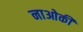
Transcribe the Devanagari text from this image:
नाओकी